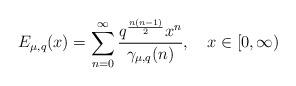
LaTeX: \begin{align*}E_{\mu,q}(x)= \sum_{n=0}^\infty \frac{q^{\frac{n(n-1)}{2}}x^n}{\gamma_{\mu,q}(n)},~~~x \in [0,\infty)\end{align*}